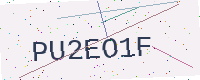
Text: PU2EO1F